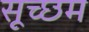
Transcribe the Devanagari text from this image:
सूच्‍छम